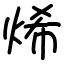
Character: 烯